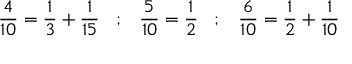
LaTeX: { \frac { 4 } { 1 0 } } = { \frac { 1 } { 3 } } + { \frac { 1 } { 1 5 } } \; \; \; ; \; \; \; { \frac { 5 } { 1 0 } } = { \frac { 1 } { 2 } } \; \; \; ; \; \; \; { \frac { 6 } { 1 0 } } = { \frac { 1 } { 2 } } + { \frac { 1 } { 1 0 } }